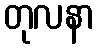
တုလနာ